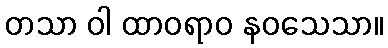
တသာ ဝါ ထာဝရာဝ နဝသေသာ။